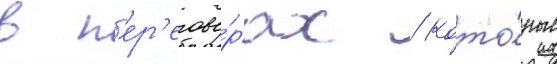
в п'ер'егово́рах / кото́рые